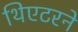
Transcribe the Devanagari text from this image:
थिएटरने